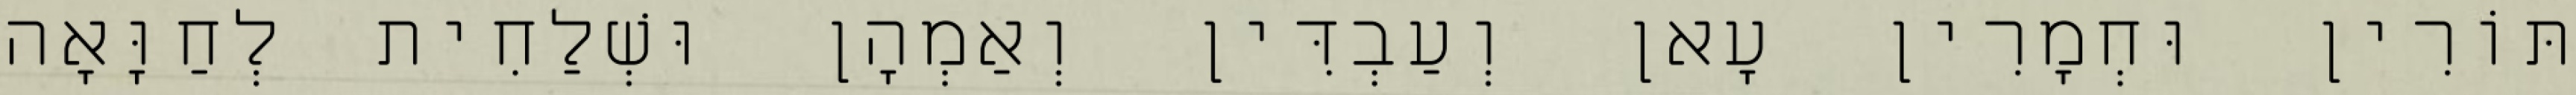
תּוֹרִין וּחְמָרִין עָאן וְעַבְדִּין וְאַמְהָן וּשְׁלַחִית לְחַוָּאָה